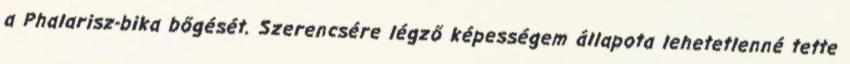
a Phalarisz-bika bőgését. Szerencsére légző képességem állapota lehetetlenné tette